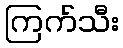
ကြက်သီး